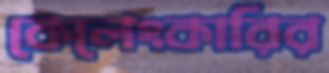
কেলেংকারির